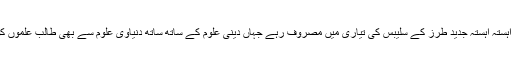
اور دینی مدارس میں آہستہ آہستہ جدید طرز کے سلیبس کی تیاری میں مصروف رہے جہاں دینی علوم کے ساتھ ساتھ دنیاوی علوم سے بھی طالب علموں کو آراستہ کیا جاسکے۔